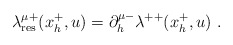
\begin{align*}\lambda^{\mu +}_{{\rm res}}(x_h^+, u) =\partial^{\mu -}_h \lambda^{++}(x_h^+, u)\ .\end{align*}